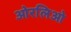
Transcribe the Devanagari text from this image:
ओरलिओ